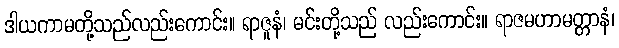
ဒါယကာမတို့သည်လည်းကောင်း။ ရာဇူနံ၊ မင်းတို့သည် လည်းကောင်း။ ရာဇမဟာမတ္တာနံ၊